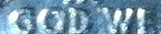
GOD WE